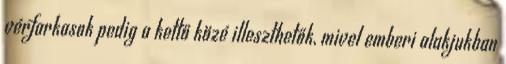
vérfarkasok pedig a kettő közé illeszthetők, mivel emberi alakjukban